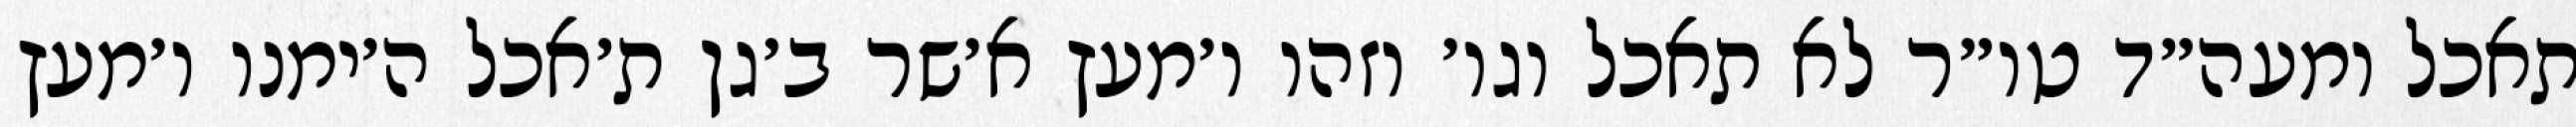
תאכל ומעה״ד טו״ר לא תאכל וגו׳ וזהו ו׳מעץ א׳שר ב׳גן ת׳אכל ה׳ימנו ו׳מעץ